Annual report on the health of the army in India
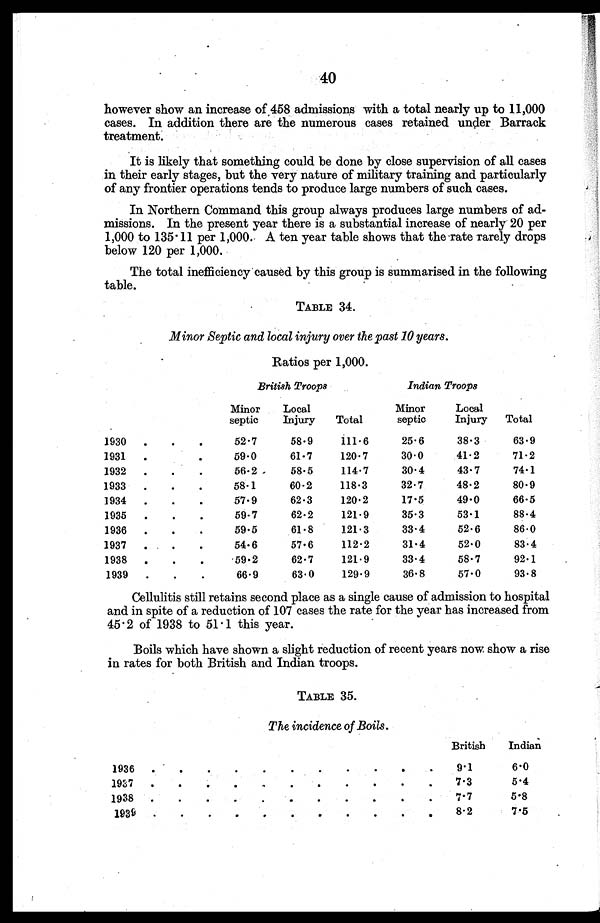
40
however show an increase of 458 admissions with a total nearly up to 11,000
cases. In addition there are the numerous cases retained under Barrack
treatment.
It is likely that something could be done by close supervision of all cases
in their early stages, but the very nature of military training and particularly
of any frontier operations tends to produce large numbers of such cases.
In Northern Command this group always produces large numbers of ad
missions. In the present year there is a substantial increase of nearly 20 per
1,000 to 135.11 per 1,000. A ten year table shows that the rate rarely drops
below 120 per 1,000.
The total inefficiency caused by this group is summarised in the following
table.
TABLE 34.
Minor Septic and local injury over the past 10 years.
Ratios per 1,000.
British Troops
Indian Troops
Minor
septic
Local
Injury
Total
Minor
septic
Local
Injury
Total
1930
.
.
.
52.7
58.9
111.6
25.6
38.3
63.9
1931
.
.
.
59.0
61.7
120.7
30.0
41.2
71.2
1932
.
.
.
56.2
58.5
114.7
30.4
43.7
74.1
1933
.
.
.
58.1
60.2
118.3
32.7
48.2
80.9
1934
.
.
.
57.9
62.3
120.2
17.5
49.0
66.5
1935
.
.
.
59.7
62.2
121.9
35.3
53.1
88.4
1936
.
.
.
59.5
61.8
121.3
33.4
52.6
86.0
1937
.
.
.
54.6
57.6
112.2
31.4
52.0
83.4
1938
.
.
.
59.2
62.7
121.9
33.4
58.7
92.1
1939
.
.
.
66.9
63.0
129.9
36.8
57.0
93.8
Cellulitis still retains second place as a single cause of admission to hospital
and in spite of a reduction of 107 cases the rate for the year has increased from
45.2 of 1938 to 51.1 this year.
Boils which have shown a slight reduction of recent years now show a rise
in rates for both British and Indian troops.
TABLE 35.
The incidence of Boils.
British
Indian
1936
.
.
.
.
.
.
.
.
.
.
.
9.1
6.0
1937
.
.
.
.
.
.
.
.
.
.
.
7.3
5.4
1938
.
.
.
. .
.
.
. .
.
.
7.7
5.8
1939
.
.
.
.
.
.
.
.
.
.
.
8 .2
7. 5